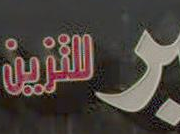
المزرية